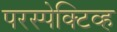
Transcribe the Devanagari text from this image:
परस्पेक्टिव्ह